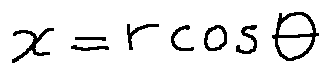
x = r \cos \theta